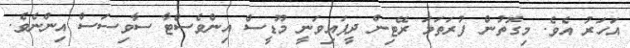
އަހަރު އެވެ. މިގޮތުން ފުރަަތަމަ ރޭޓިން ދީފައިވަނީ މޫޑީސް އިންވެސްޓާ ސާވިސަސް އިންނެވެ.